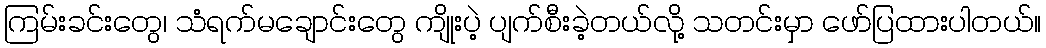
ကြမ်းခင်းတွေ၊ သံရက်မချောင်းတွေ ကျိုးပဲ့ ပျက်စီးခဲ့တယ်လို့ သတင်းမှာ ဖော်ပြထားပါတယ်။